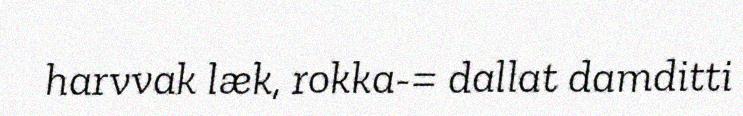
harvvak læk, rokka-= dallat damditti